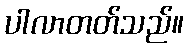
ပါလာတတ်သည်။